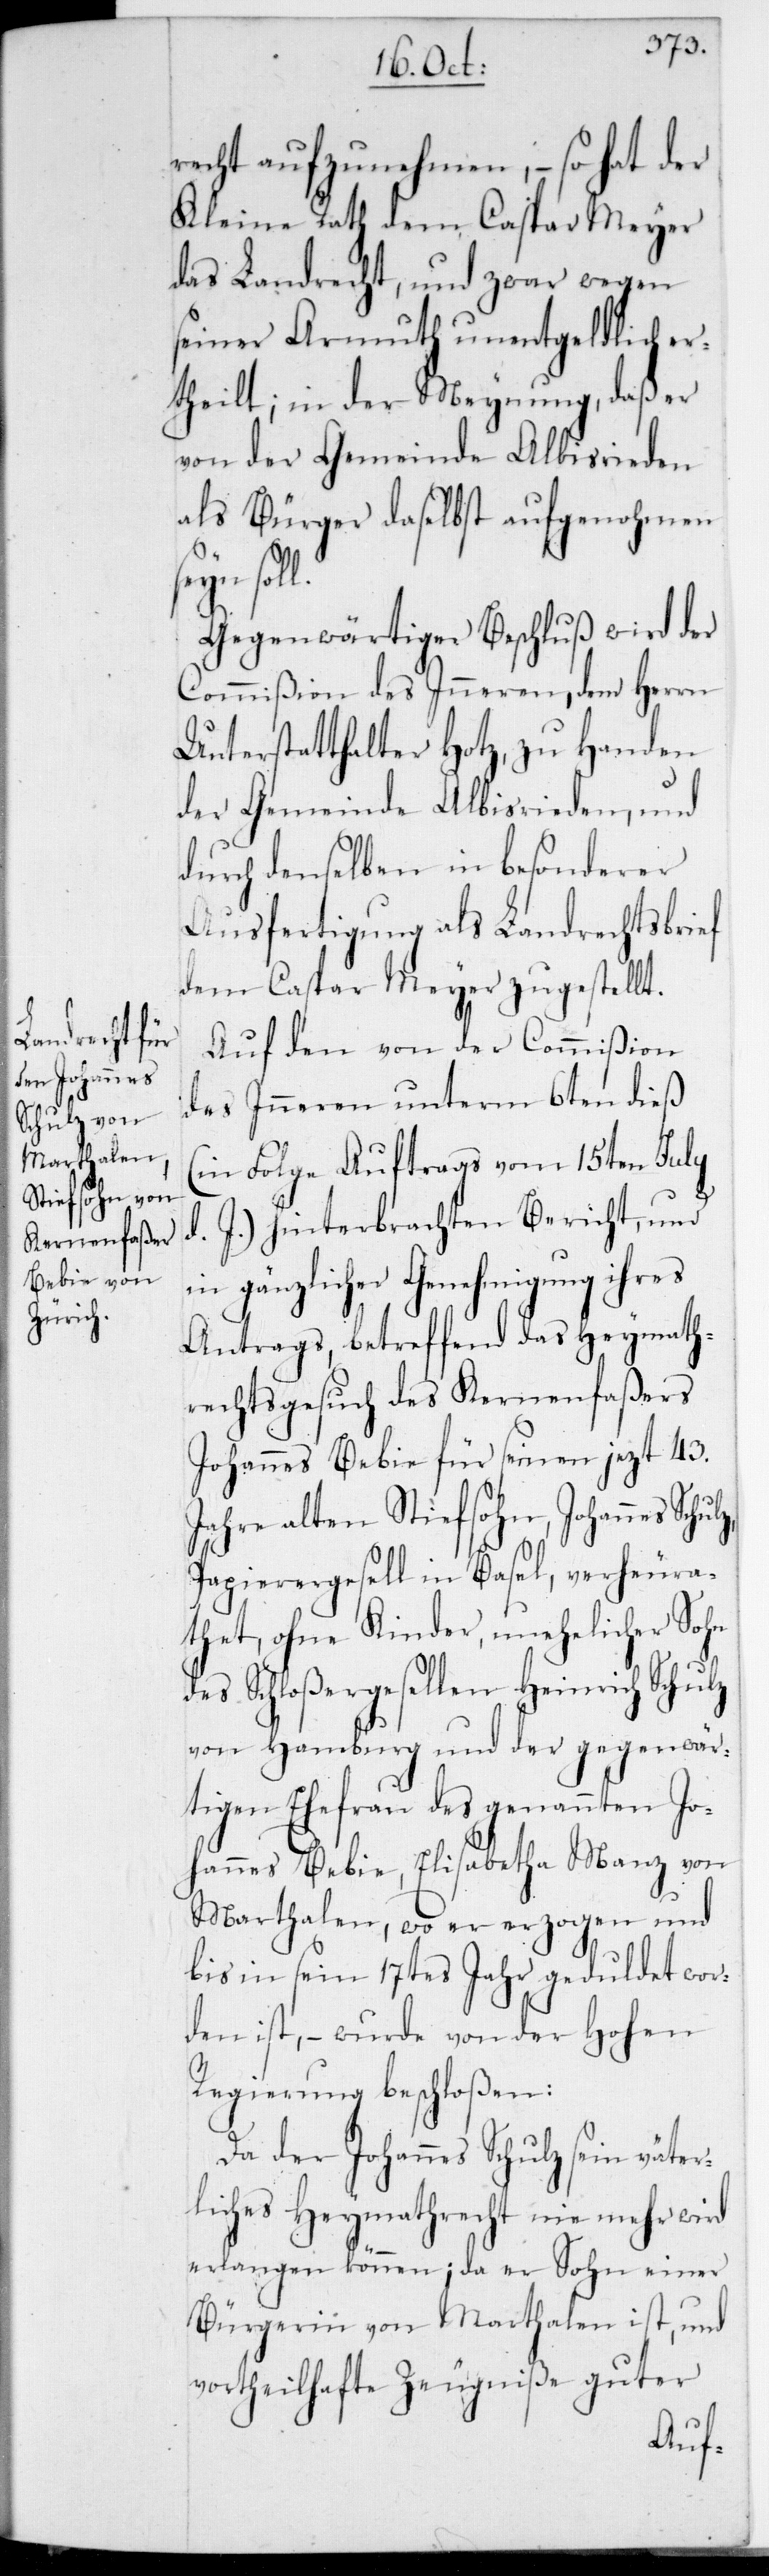
recht aufzunehmen, – so hat der
Kleine Rath dem Caspar Meyer
das Landrecht, und zwar wegen
seiner Armuth unentgeldlich er¬
theilt; in der Meynung, daß er
von der Gemeinde Albisrieden
als Bürger daselbst aufgenohmen
soll.
Gegenwärtiger Beschluß wird der
Commißion des Inneren, dem Herrn
Unterstatthalter Hotz, zu Handen
der Gemeinde Albisrieden, und
durch denselben in besonderer
Ausfertigung als Landrechtsbrief
dem Caspar Meyer zugestellt.
Auf den von der Commißion
des Inneren unterm 6ten dieß
(in Folge Auftrags vom 15ten July
d. J.) hinterbrachten Bericht, und
in gänzlicher Genehmigung ihres
Antrags, betreffend das Heymath¬
rechtsgesuch des Kernenfaßers
Johannes Bebie für seinen jezt 43
Jahre alten Stiefsohn, Johannes
Papierergesell in Basel, verheura¬
thet, ohne Kinder, unehelicher Sohn
des Schloßergesellen Heinrich Schulz
von Hamburg und der gegenwär¬
tigen Ehefrau des genannten Jo¬
hannes Bebie, Elisabetha Manz von
Marthalen, wo er erzogen und
bis in sein 17tes Jahr geduldet wor¬
den ist, – wurde von der Hohen
Regierung beschloßen:
Da der Johannes Schulz sein väter¬
liches Heymathrecht nie mehr wird
erlangen können; da er Sohn einer
Bürgerin von Marthalen ist, und
vortheilhafte Zeugniße guter